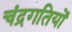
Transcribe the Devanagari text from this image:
चंद्रगतियों